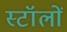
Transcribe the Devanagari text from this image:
स्टॉलों